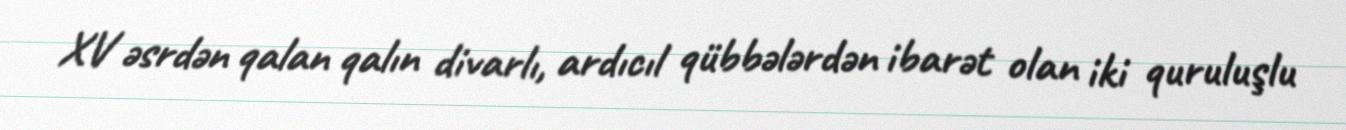
XV əsrdən qalan qalın divarlı, ardıcıl qübbələrdən ibarət olan iki quruluşlu